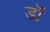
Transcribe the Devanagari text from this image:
डॉं